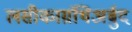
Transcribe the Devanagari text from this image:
लसीकाग्रंथिअर्बुद